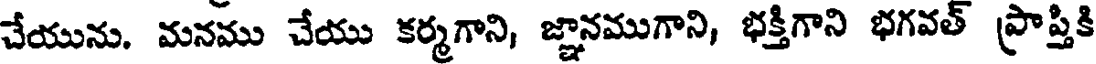
చేయును. మనము చేయు కర్మగాని, జ్ఞానముగాని, భక్తిగాని భగవత్ ప్రాప్తికి